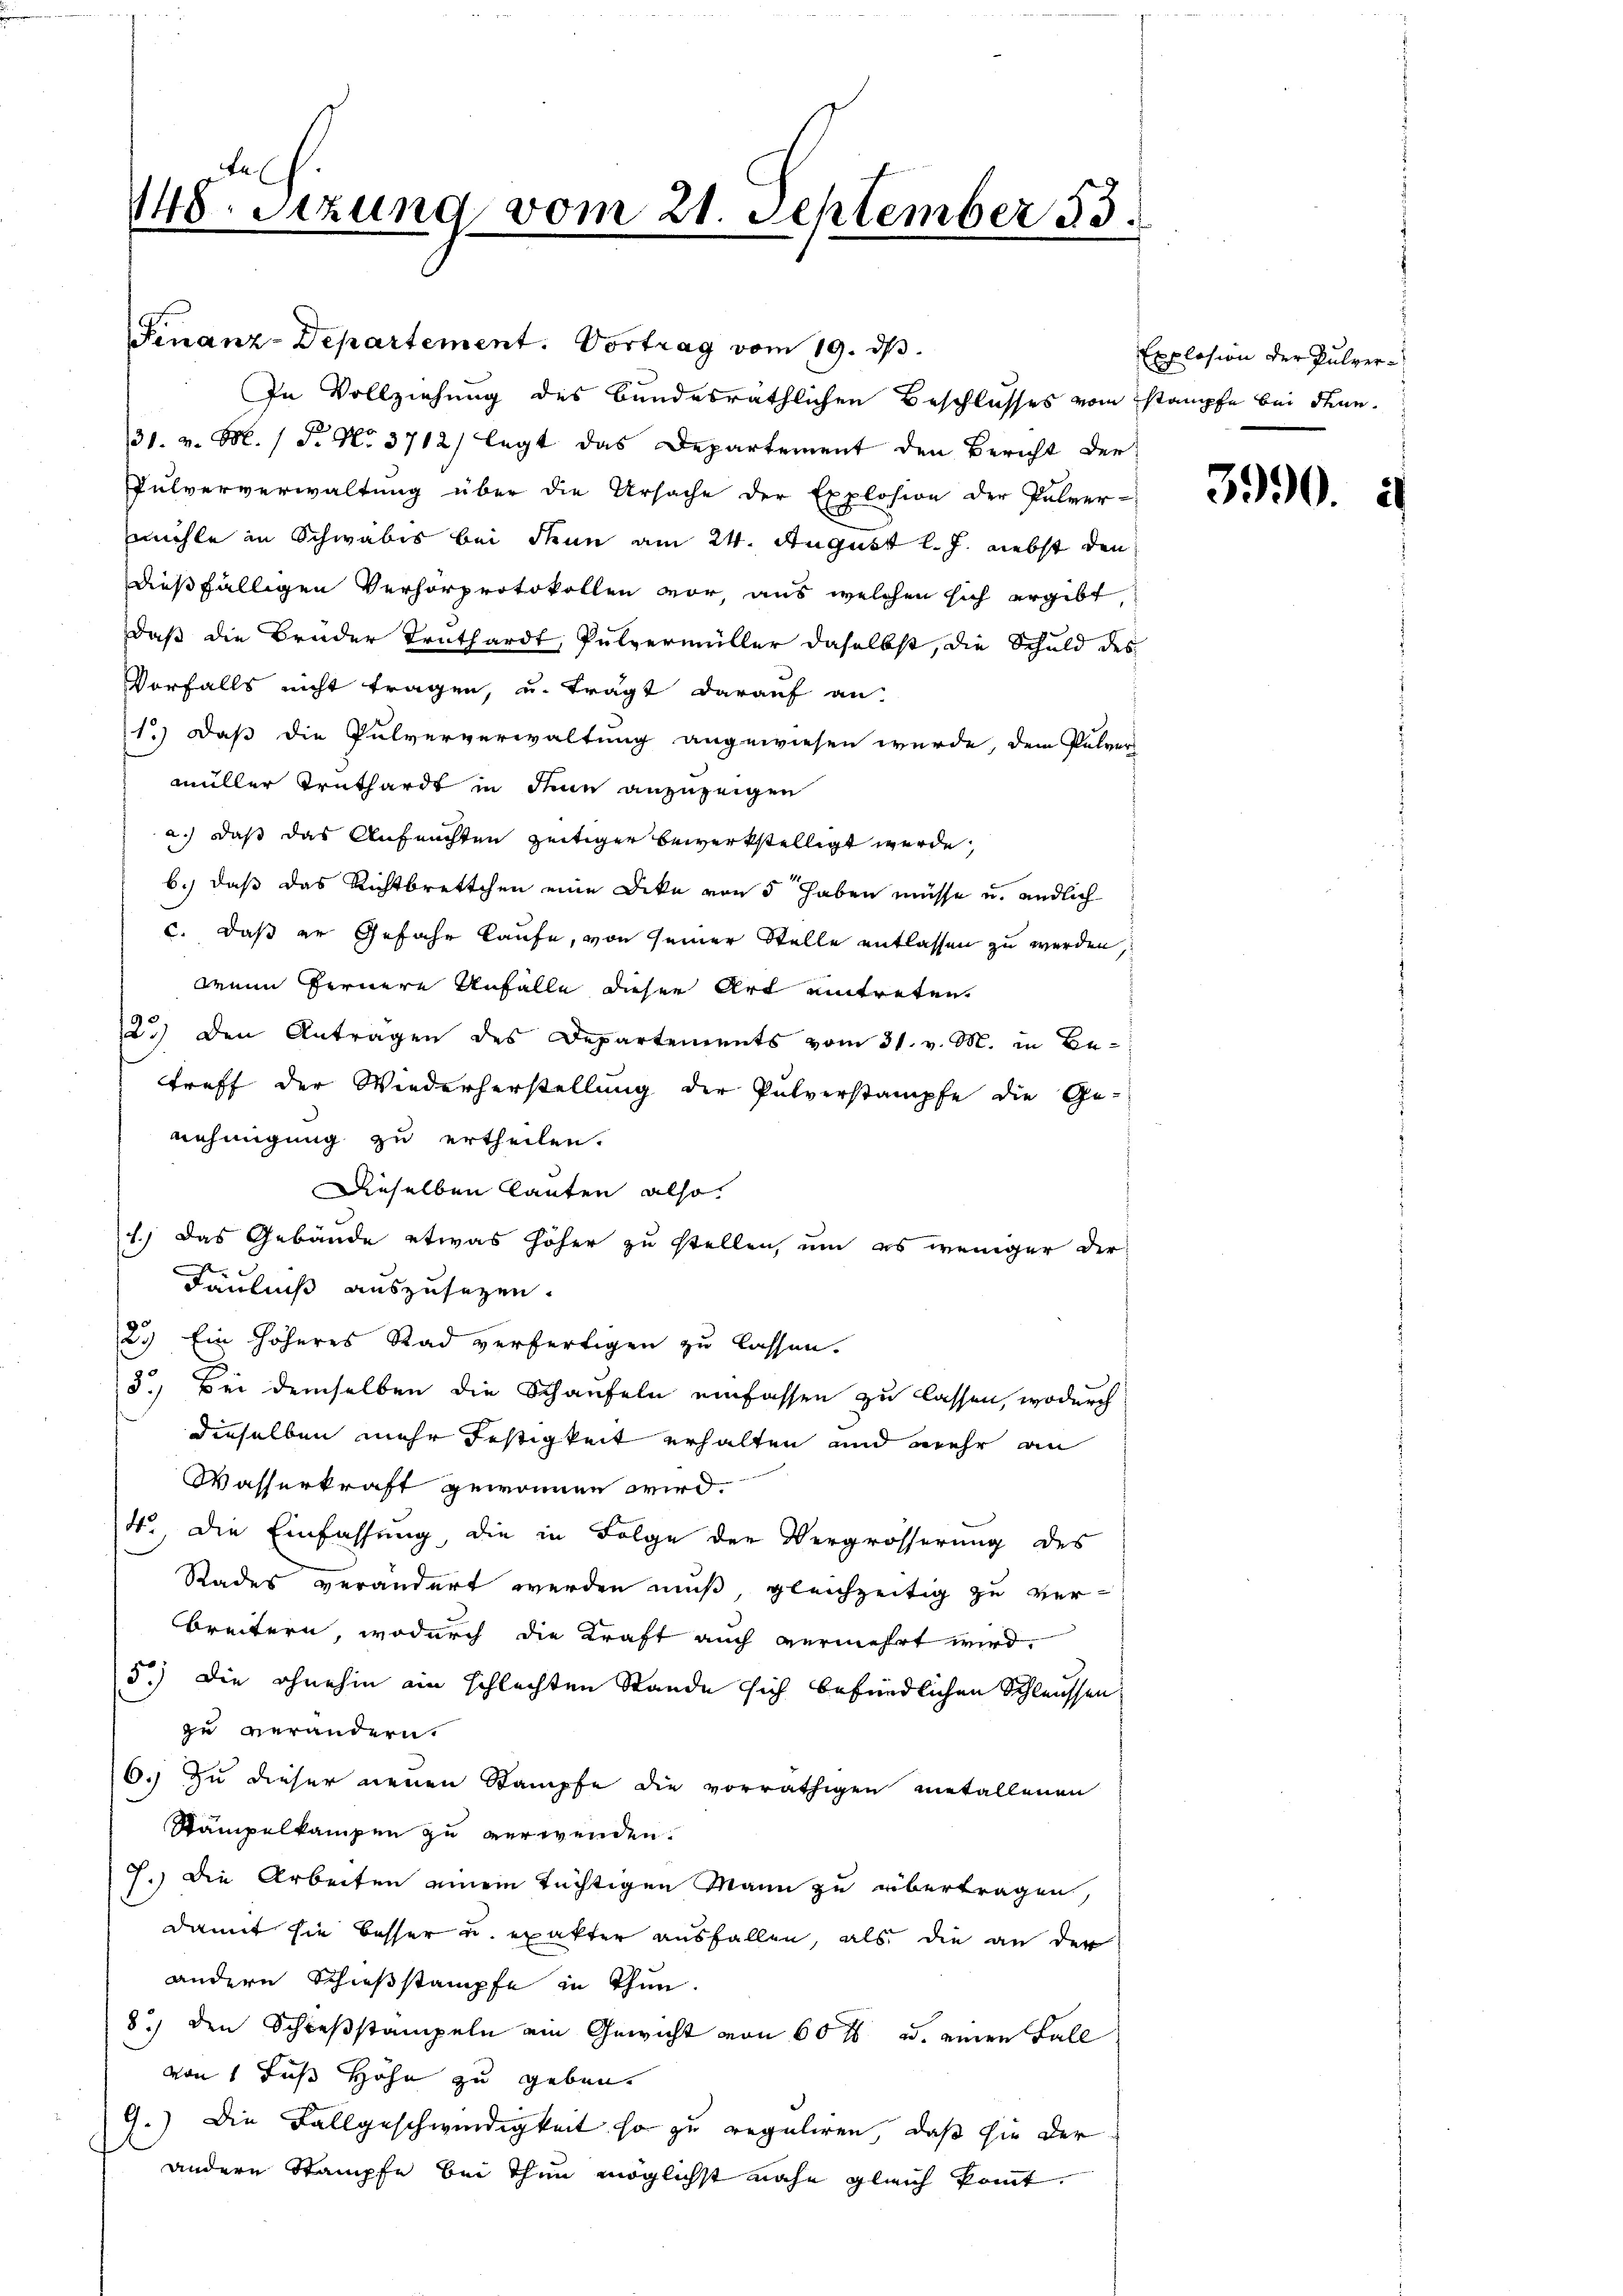
148. Setzung vom 21. September 33.

Finanz-Departement. Vortrag vom 19. ds.
In Vollziehung des bundesräthlichen Beschlusses vom Stampfe bei denn
31. v. M. D. No. 3712) legt das Departement den Bericht der
Pulververwaltŭng über die Ursache der Explosion der Pulver-
mühle in Schwabis bei denn am 24. August l. J. nebst den
dießfälligen Verhörprotokollen vor, aus welchen sich ergibt,
daß die Bruder Trüthardt, Pulvermüller daselbst, die Schuld des
Vorfalls nicht tragen, u. trägt darauf an.
1.) Daß die Pulververwaltung angewiesen wurde, dem Pulver
müller Truthardt in denn anzuzeigen
a.) daß das Anfeuchten zeitiger bewerkstelligt werde,
b.) daß das Richtbrettchen eine Dike von 5 haben müsse u. endlich
c. daß er Gefahr laufe, von seiner Stelle entlassen zu werden,
wenn fernere Anfalle dieser Art eintreten,
2.) Den Antragen des Departements vom 31. v. M. in Betreff der Wiederherstellung der Pulverstampfe die Ge-
nehmigung zu ertheilen.
Dieselben lauten also
1.) Das Gebäude etwas höher zu stellen, um es weniger der
Fäulniß auszusagen.
2.) Ein höheres Rad verfertigen zu lassen.
5.) Bei demselben die Schaufeln einfassen zu lassen, wodurch
dieselben mehr festigkeit erhalten und mehr an
Wasserkraft gewonnen wird.
4., Die Einfassung, die in Folge der Vergrösserung des
Rades verändert werden muß, gleichzeitig zu verbreitern, wodurch die Kraft auch vermehrt wird.
5.) Die ohnehin ein schlechten Stande sich befindlichen Schleussen
zu verändern.
6.) Zu dieser neuen Stampfe die vorräthigen metallenen
Stampelkampen zu verwenden.
7.) Die Arbeiten einem tüchtigen Mann zu übertragen,
damit sie besser u. exakter ausfallen, als die an der
andern Schießstämpfe in Thun
8.) Den Schießstampeln ein Gewicht von 60 f u. einen Fall
von 1 Fuß Höhe zu geben.
9.) Die Fallgeschwindigkeit so zu reguliren, daß sie der
anderen Stampfe bei Thun möglichst nahe gleich kommt.

Explosion der Pulver¬

3990. i